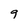
Character: 9